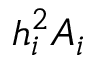
h _ { i } ^ { 2 } A _ { i }